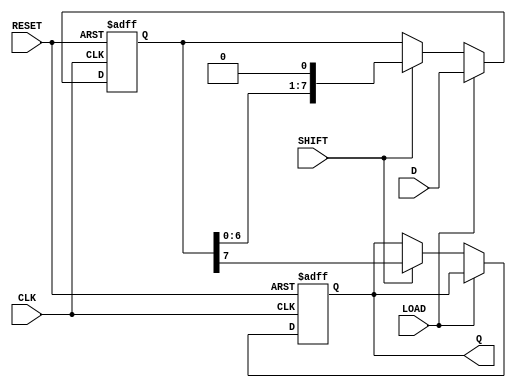
module PISO_Register #(parameter WIDTH = 8) (
    input wire [WIDTH-1:0] D,    // Parallel data input
    input wire LOAD,              // Load signal
    input wire SHIFT,             // Shift signal
    input wire CLK,               // Clock signal
    input wire RESET,             // Asynchronous reset
    output reg Q                  // Serial output
);

    reg [WIDTH-1:0] SR;           // Shift register

    always @(posedge CLK or posedge RESET) begin
        if (RESET) begin
            SR <= {WIDTH{1'b0}};   // Clear register on reset
            Q <= 1'b0;             // Clear output on reset
        end else begin
            if (LOAD) begin
                SR <= D;           // Load data into the shift register
            end else if (SHIFT) begin
                Q <= SR[WIDTH-1];  // Shift out the MSB to Q
                SR <= {SR[WIDTH-2:0], 1'b0}; // Shift register right
            end
        end
    end

endmodule